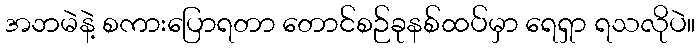
အဘမဲနဲ့ စကားပြောရတာ တောင်စဉ်ခုနစ်ထပ်မှာ ရေရှာ ရသလိုပဲ။